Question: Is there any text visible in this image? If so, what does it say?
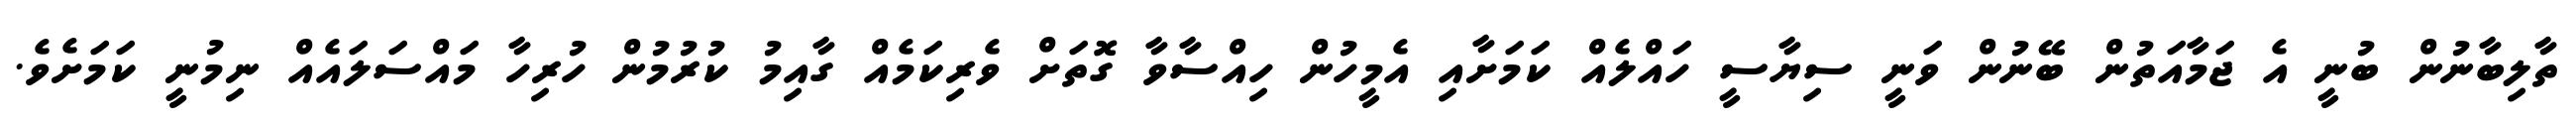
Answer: ތާލިބާނުން ބުނީ އެ ޖަމާއަތުން ބޭނުން ވަނީ ސިޔާސީ ހައްލެއް ކަމަށާއި އެމީހުން ހިއްސާވާ ގޮތަށް ވެރިކަމެއް ގާއިމު ކުރުމުން ހުރިހާ މައްސަލައެއް ނިމުނީ ކަމަށެވެ.